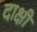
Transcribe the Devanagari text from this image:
दाक्षी